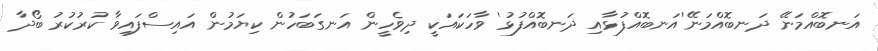
އަނބޮއްމަނޭ ދަނބޮއްމަނޭ'އަނބޮއްފުޅާއި ދަނބޮއްފުޅު' ވާހަކައަކީ ދިވެހީން އަނގަބަހުން ކިޔަމުން އައިސްފައިވާ ކުރުކުރު ބޯދާ